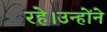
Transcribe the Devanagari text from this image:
रहे।उन्होंने